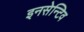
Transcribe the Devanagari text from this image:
इनसेन्टिव